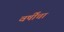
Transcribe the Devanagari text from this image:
वर्षींचा